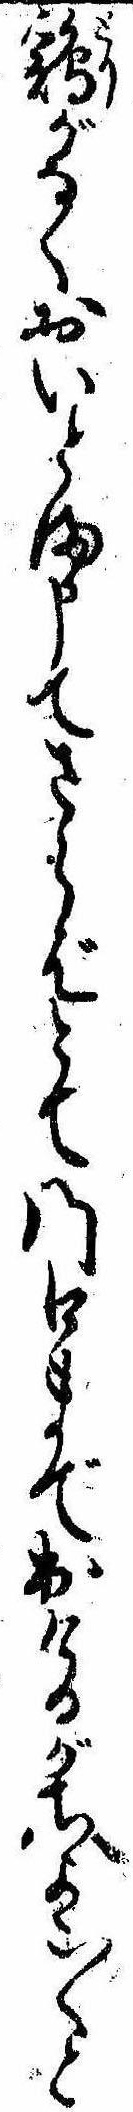
鶏がなくおいとま申てさらばとて門口まで出けるがちよこ〱と